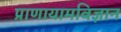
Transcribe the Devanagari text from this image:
प्राणायामविज्ञान